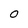
Character: O